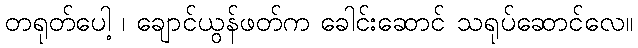
တရုတ်ပေါ့ ၊ ချောင်ယွန်ဖတ်က ခေါင်းဆောင် သရုပ်ဆောင်လေ။